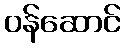
ဝန်ဆောင်